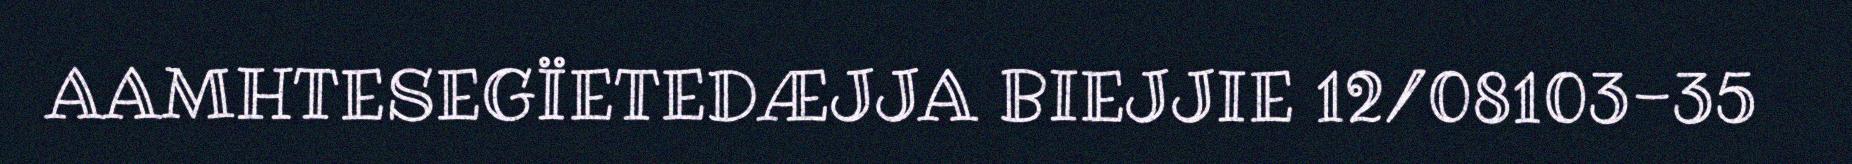
AAMHTESEGÏETEDÆJJA BIEJJIE 12/08103-35